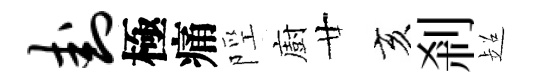
卦極痛陘廚廿亥剎超